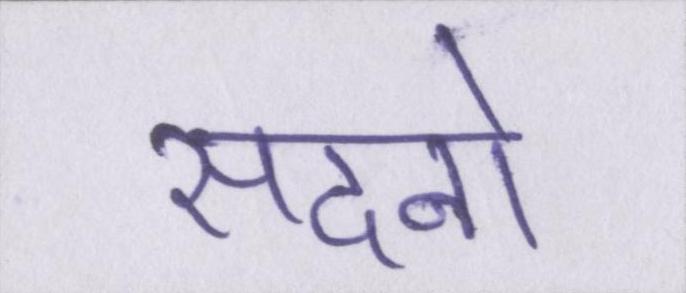
सदनो